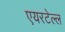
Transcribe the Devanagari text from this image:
एयरटेल्ल